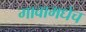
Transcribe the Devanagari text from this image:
गावामधेच